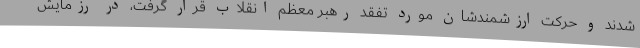
شدند و حرکت ارزشمندشان مورد تفقد رهبر معظم انقلاب قرار گرفت، در رزمایش